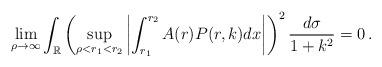
LaTeX: \begin{align*}\lim_{\rho\to\infty}\int_{\mathbb{R}} \left( \sup_{\rho<r_1<r_2} \left|\int_{r_1}^{r_2}A(r)P(r,k)dx \right|\right)^2\frac{d\sigma}{1+k^2}=0\,.\end{align*}